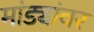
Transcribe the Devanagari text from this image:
मांड्यांवर